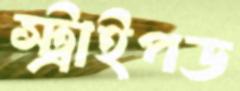
স্ট্রাইপড